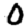
Digit: 0